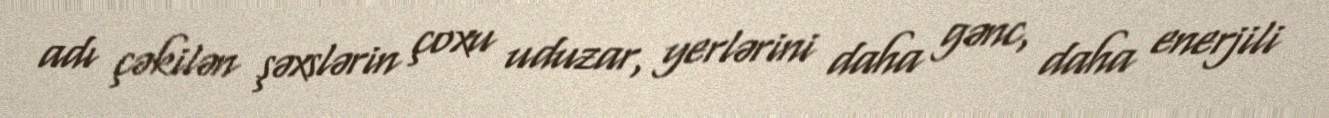
adı çəkilən şəxslərin çoxu uduzar, yerlərini daha gənc, daha enerjili